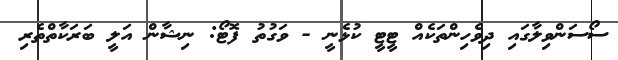
ސޯސަންވިލާގައި ދިވެހިންތަކެއް ޓީޓީ ކުޅެނީ - ވަގުތު ފޮޓޯ: ނިޝާން އަލީ ބަރަކާތްތެރި